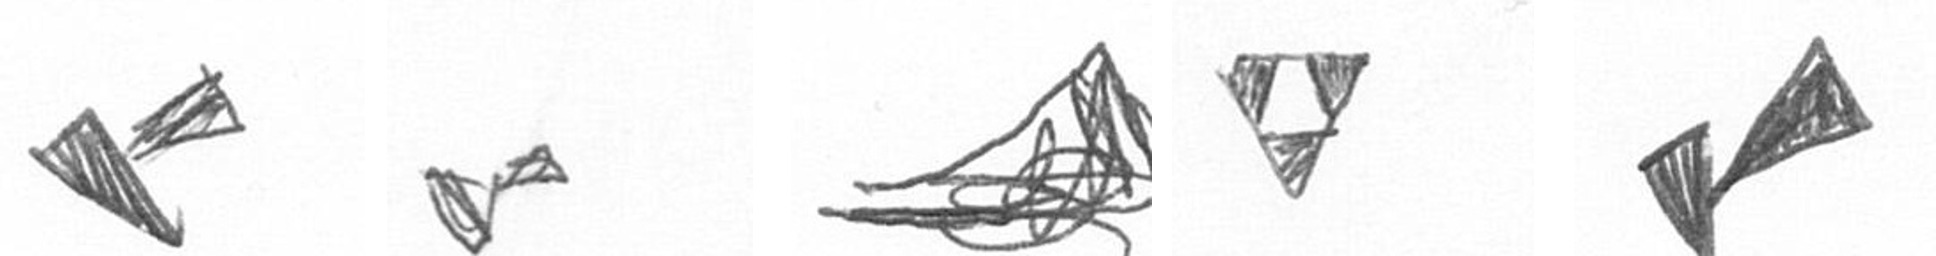
F F O S F